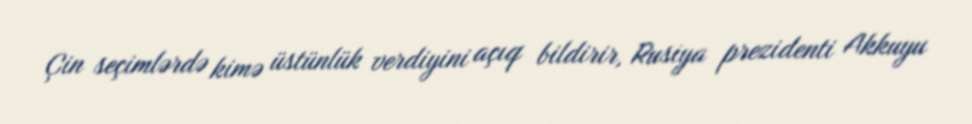
Çin seçimlərdə kimə üstünlük verdiyini açıq bildirir, Rusiya prezidenti Akkuyu